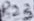
Text: R23